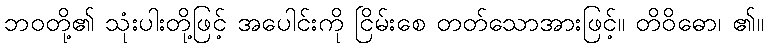
ဘဝတို့၏ သုံးပါးတို့ဖြင့် အပေါင်းကို ငြိမ်းစေ တတ်သောအားဖြင့်။ တိဝိဓော၊ ၏။